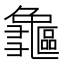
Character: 𪛃